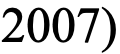
2007)